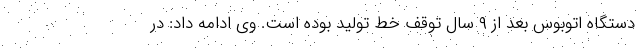
دستگاه اتوبوس بعد از ۹ سال توقف خط تولید بوده است. وی ادامه داد: در